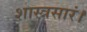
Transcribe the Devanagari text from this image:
शास्त्रसारं।